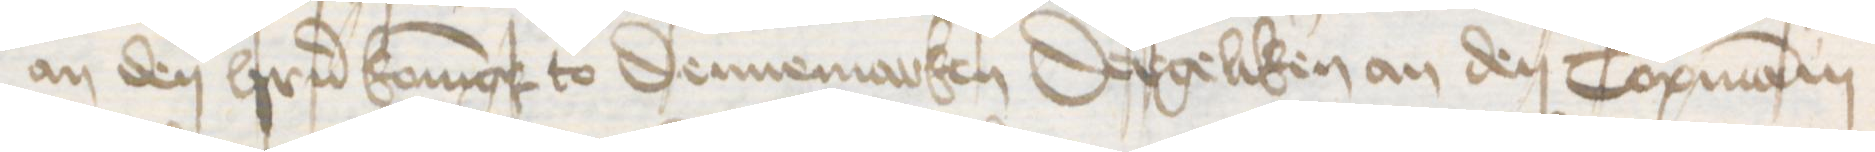
an den herrn Koningk to Dennemarken Dergeliken an den Copmanni